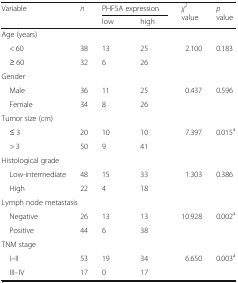
| <ROWSPAN=2> Variable | <ROWSPAN=2> n | <COLSPAN=2> PHF5A expression | <ROWSPAN=2> χ2 value | <ROWSPAN=2> p value |
 | low | high |
 | --- | --- | --- | --- | --- | --- |
 | <COLSPAN=6> Age (years) |
 | < 60 | 38 | 13 | 25 | <ROWSPAN=2> 2.100 | <ROWSPAN=2> 0.183 |
 | ≥ 60 | 32 | 6 | 26 |
 | <COLSPAN=6> Gender |
 | Male | 36 | 11 | 25 | <ROWSPAN=2> 0.437 | <ROWSPAN=2> 0.596 |
 | Female | 34 | 8 | 26 |
 | <COLSPAN=6> Tumor size (cm) |
 | ≤ 3 | 20 | 10 | 10 | <ROWSPAN=2> 7.397 | <ROWSPAN=2> 0.015a |
 | > 3 | 50 | 9 | 41 |
 | <COLSPAN=6> Histological grade |
 | Low-intermediate | 48 | 15 | 33 | <ROWSPAN=2> 1.303 | <ROWSPAN=2> 0.386 |
 | High | 22 | 4 | 18 |
 | <COLSPAN=6> Lymph node metastasis |
 | Negative | 26 | 13 | 13 | <ROWSPAN=2> 10.928 | <ROWSPAN=2> 0.002a |
 | Positive | 44 | 6 | 38 |
 | <COLSPAN=6> TNM stage |
 | I–II | 53 | 19 | 34 | <ROWSPAN=2> 6.650 | <ROWSPAN=2> 0.003a |
 | III–IV | 17 | 0 | 17 |